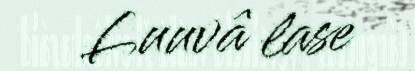
Luuvâ lase